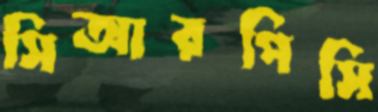
সিআরপিসি